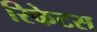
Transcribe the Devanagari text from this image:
रिकेटस